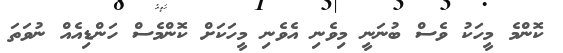
ކޮންމެ މީހަކު ވެސް ބުނަނީ މިވެނި އެވެނި މީހަކަށް ކޮންމެސް ހަންޑިއެއް ނުވަތަ